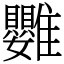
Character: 䨉